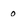
Character: 0